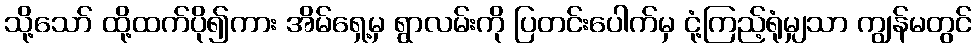
သို့သော် ထို့ထက်ပို၍ကား အိမ်ရှေ့မှ ရွာလမ်းကို ပြတင်းပေါက်မှ ငုံ့ကြည့်ရုံမျှသာ ကျွန်မတွင်